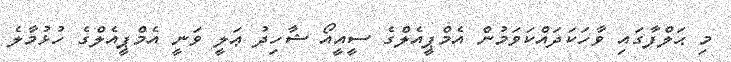
މި ޙަލްފާގައި ވާހަކަދައްކަވަމުން އެމްޕީއެލްގެ ސީއީއޯ ޝާހިދު ޢަލީ ވަނީ އެމްޕީއެލްގެ ހުޅުމާލެ